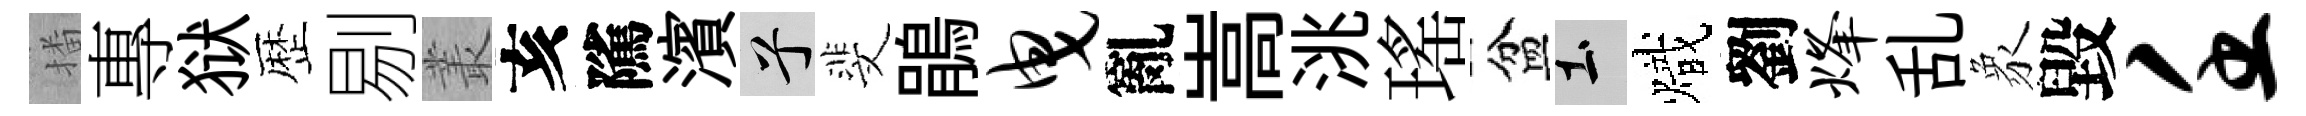
播專狱歴剔叢亥隲濱兮斐鵑曳亂嵩洮瑤盆土熾劉烽乱象毀壬